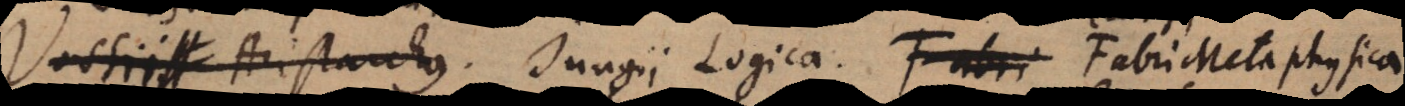
Vossii Aristarchus. Jungii Logica. Fabri Metaphysica